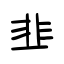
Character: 韭